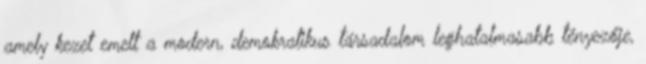
amely kezet emelt a modern, demokratikus társadalom leghatalmasabb tényezője,